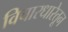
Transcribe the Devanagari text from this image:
विचारधारेतून